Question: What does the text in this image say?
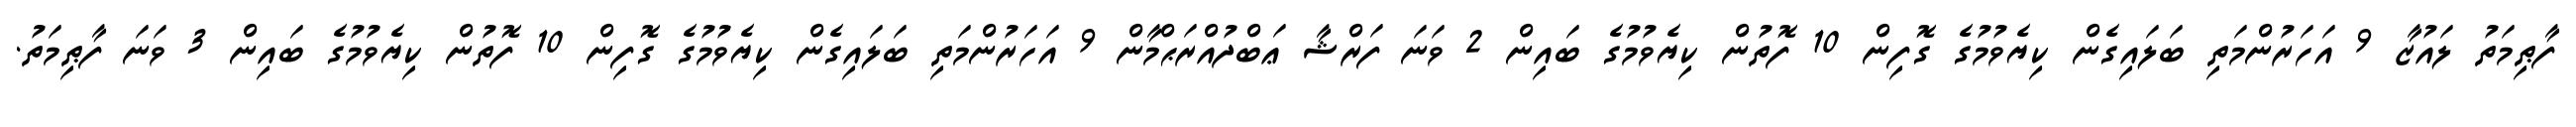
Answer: ފާޠިމަތު ލައުޒާ 9 އަހަރުންމަތި ބަލައިގެން ކިޔެވުމުގެ ގޮފިން 10 ފޮތުން ކިޔެވުމުގެ ބައިން 2 ވަނަ ފަރްޝާ ޢަބްދުއްރަޙްމާން 9 އަހަރުންމަތި ބަލައިގެން ކިޔެވުމުގެ ގޮފިން 10 ފޮތުން ކިޔެވުމުގެ ބައިން 3 ވަނަ ފާޠިމަތު.